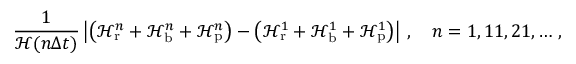
\frac { 1 } { \mathcal H ( n \Delta t ) } \left| \left( \mathcal H _ { \mathrm { r } } ^ { n } + \mathcal H _ { \mathrm { b } } ^ { n } + \mathcal H _ { \mathrm { p } } ^ { n } \right) - \left( \mathcal H _ { \mathrm { r } } ^ { 1 } + \mathcal H _ { \mathrm { b } } ^ { 1 } + \mathcal H _ { \mathrm { p } } ^ { 1 } \right) \right| \, , \quad n = 1 , 1 1 , 2 1 , \hdots \, ,